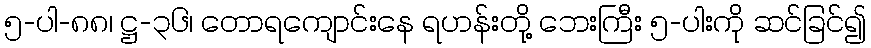
၅-ပါ-၈၈၊ ဋ္ဌ-၃၆၊ တောရကျောင်းနေ ရဟန်းတို့ ဘေးကြီး ၅-ပါးကို ဆင်ခြင်၍